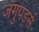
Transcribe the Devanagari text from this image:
जगुपर्ड्स